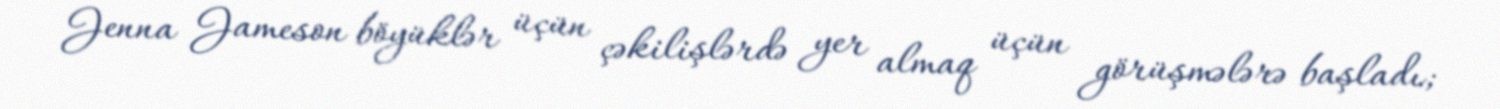
Jenna Jameson böyüklər üçün çəkilişlərdə yer almaq üçün görüşmələrə başladı;